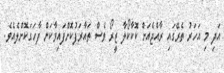
އަދި މި އަހަރު ތެރޭގައި ރާއްޖެއަށް ކޮކާކޯލާ ޒީރޯ ވެސް ތައާރަފުކޮށްފައިވާކަން ފާހަގަކޮށްލެެއެވެ.